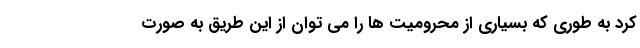
کرد به طوری که بسیاری از محرومیت ها را می توان از این طریق به صورت